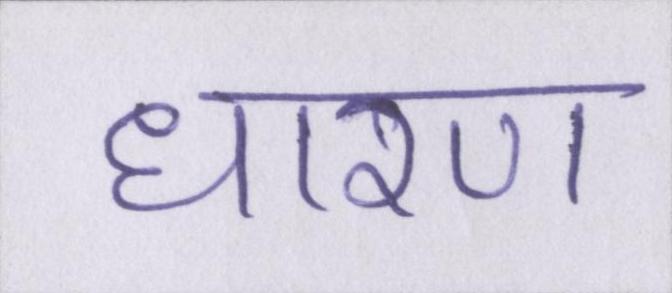
धारण